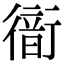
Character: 𧗹